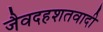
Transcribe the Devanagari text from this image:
जैवदहशतवादी